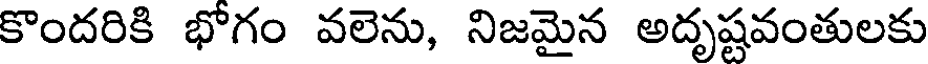
కొందరికి భోగం వలెను, నిజమైన అదృష్టవంతులకు